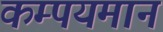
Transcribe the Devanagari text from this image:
कम्पयमान